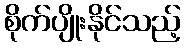
စိုက်ပျိုးနိုင်သည့်